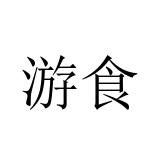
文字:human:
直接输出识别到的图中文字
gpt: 游食